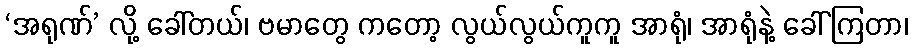
‘အရုဏ်’ လို့ ခေါ်တယ်၊ ဗမာတွေ ကတော့ လွယ်လွယ်ကူကူ အာရုံ၊ အာရုံနဲ့ ခေါ်ကြတာ၊